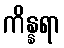
ကိန္နရာ